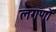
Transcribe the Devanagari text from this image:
लगणों